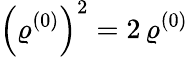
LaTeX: {\left(\varrho^{(0)}\right)^{2}=2\, \varrho^{(0)}}